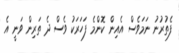
ފެތުރުނު ނަމަވެސް އެއިން ކޮންމެ ފަހަރަކު ވެސް ދެ ތަރިން ވަނީ އެ